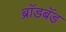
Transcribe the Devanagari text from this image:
ब्राॅडबॅड